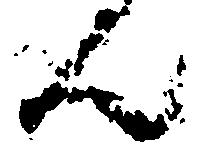
ん